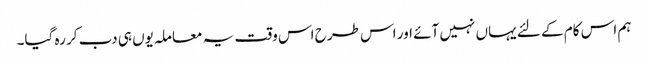
ہم اس کام کے لئے یہاں نہیں آئے اور اس طرح اس وقت یہ معاملہ یوں ہی دب کر رہ گیا۔